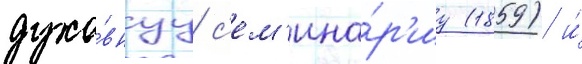
духо́внуу с'ем'ина́р'иу (1859) и́